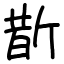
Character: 斮